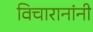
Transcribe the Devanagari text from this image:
विचारानांनी